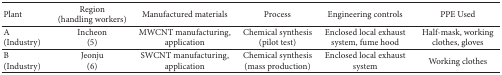
| Plant | Region (handling workers) | Manufactured materials | Process | Engineering controls | PPE Used |
 | --- | --- | --- | --- | --- | --- |
 | A (Industry) | Incheon (5) | MWCNT manufacturing, application | Chemical synthesis (pilot test) | Enclosed local exhaust system, fume hood | Half-mask, working clothes, gloves |
 | B (Industry) | Jeonju(6) | SWCNT manufacturing, application | Chemical synthesis (mass production) | Enclosed local exhaust system | Working clothes |